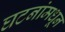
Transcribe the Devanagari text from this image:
घटनांमधून